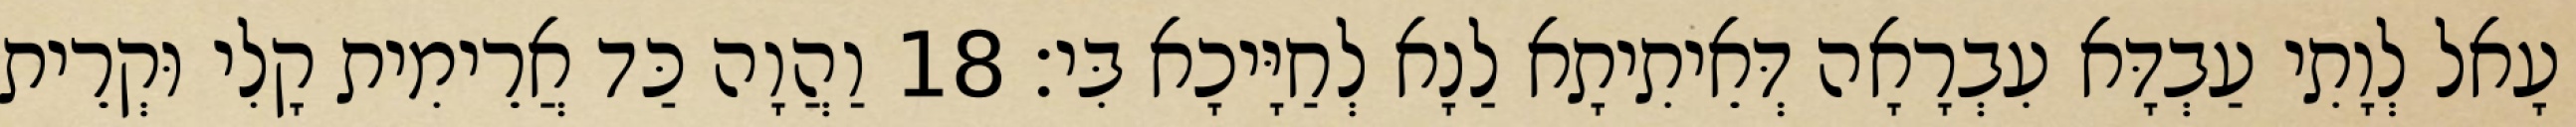
עָאל לְוָתִי עַבְדָּא עִבְרָאָה דְּאֵיתִיתָא לַנָא לְחַיָּיכָא בִּי׃ 18 וַהֲוָה כַּד אֲרֵימִית קָלִי וּקְרֵית